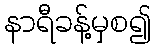
နာရီခန့်မှစ၍